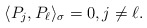
\begin{align*} \langle P_j,P_\ell\rangle_\sigma=0, j\neq \ell.\end{align*}